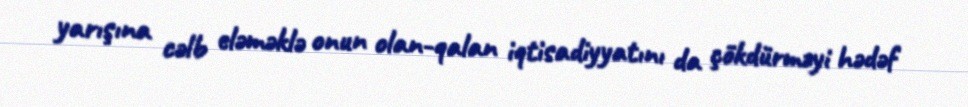
yarışına cəlb eləməklə onun olan-qalan iqtisadiyyatını da çökdürməyi hədəf